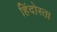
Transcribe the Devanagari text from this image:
हिंदोस्ता